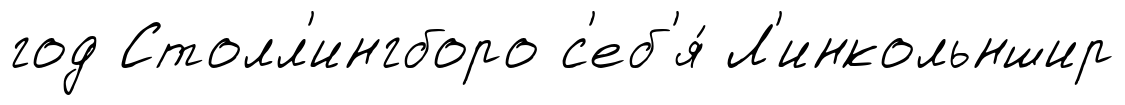
год Столл'ингборо с'еб'я́ Л'инкольншир